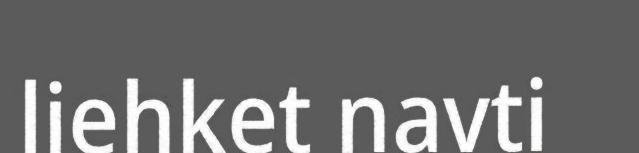
liehket navti